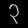
Digit: ၃